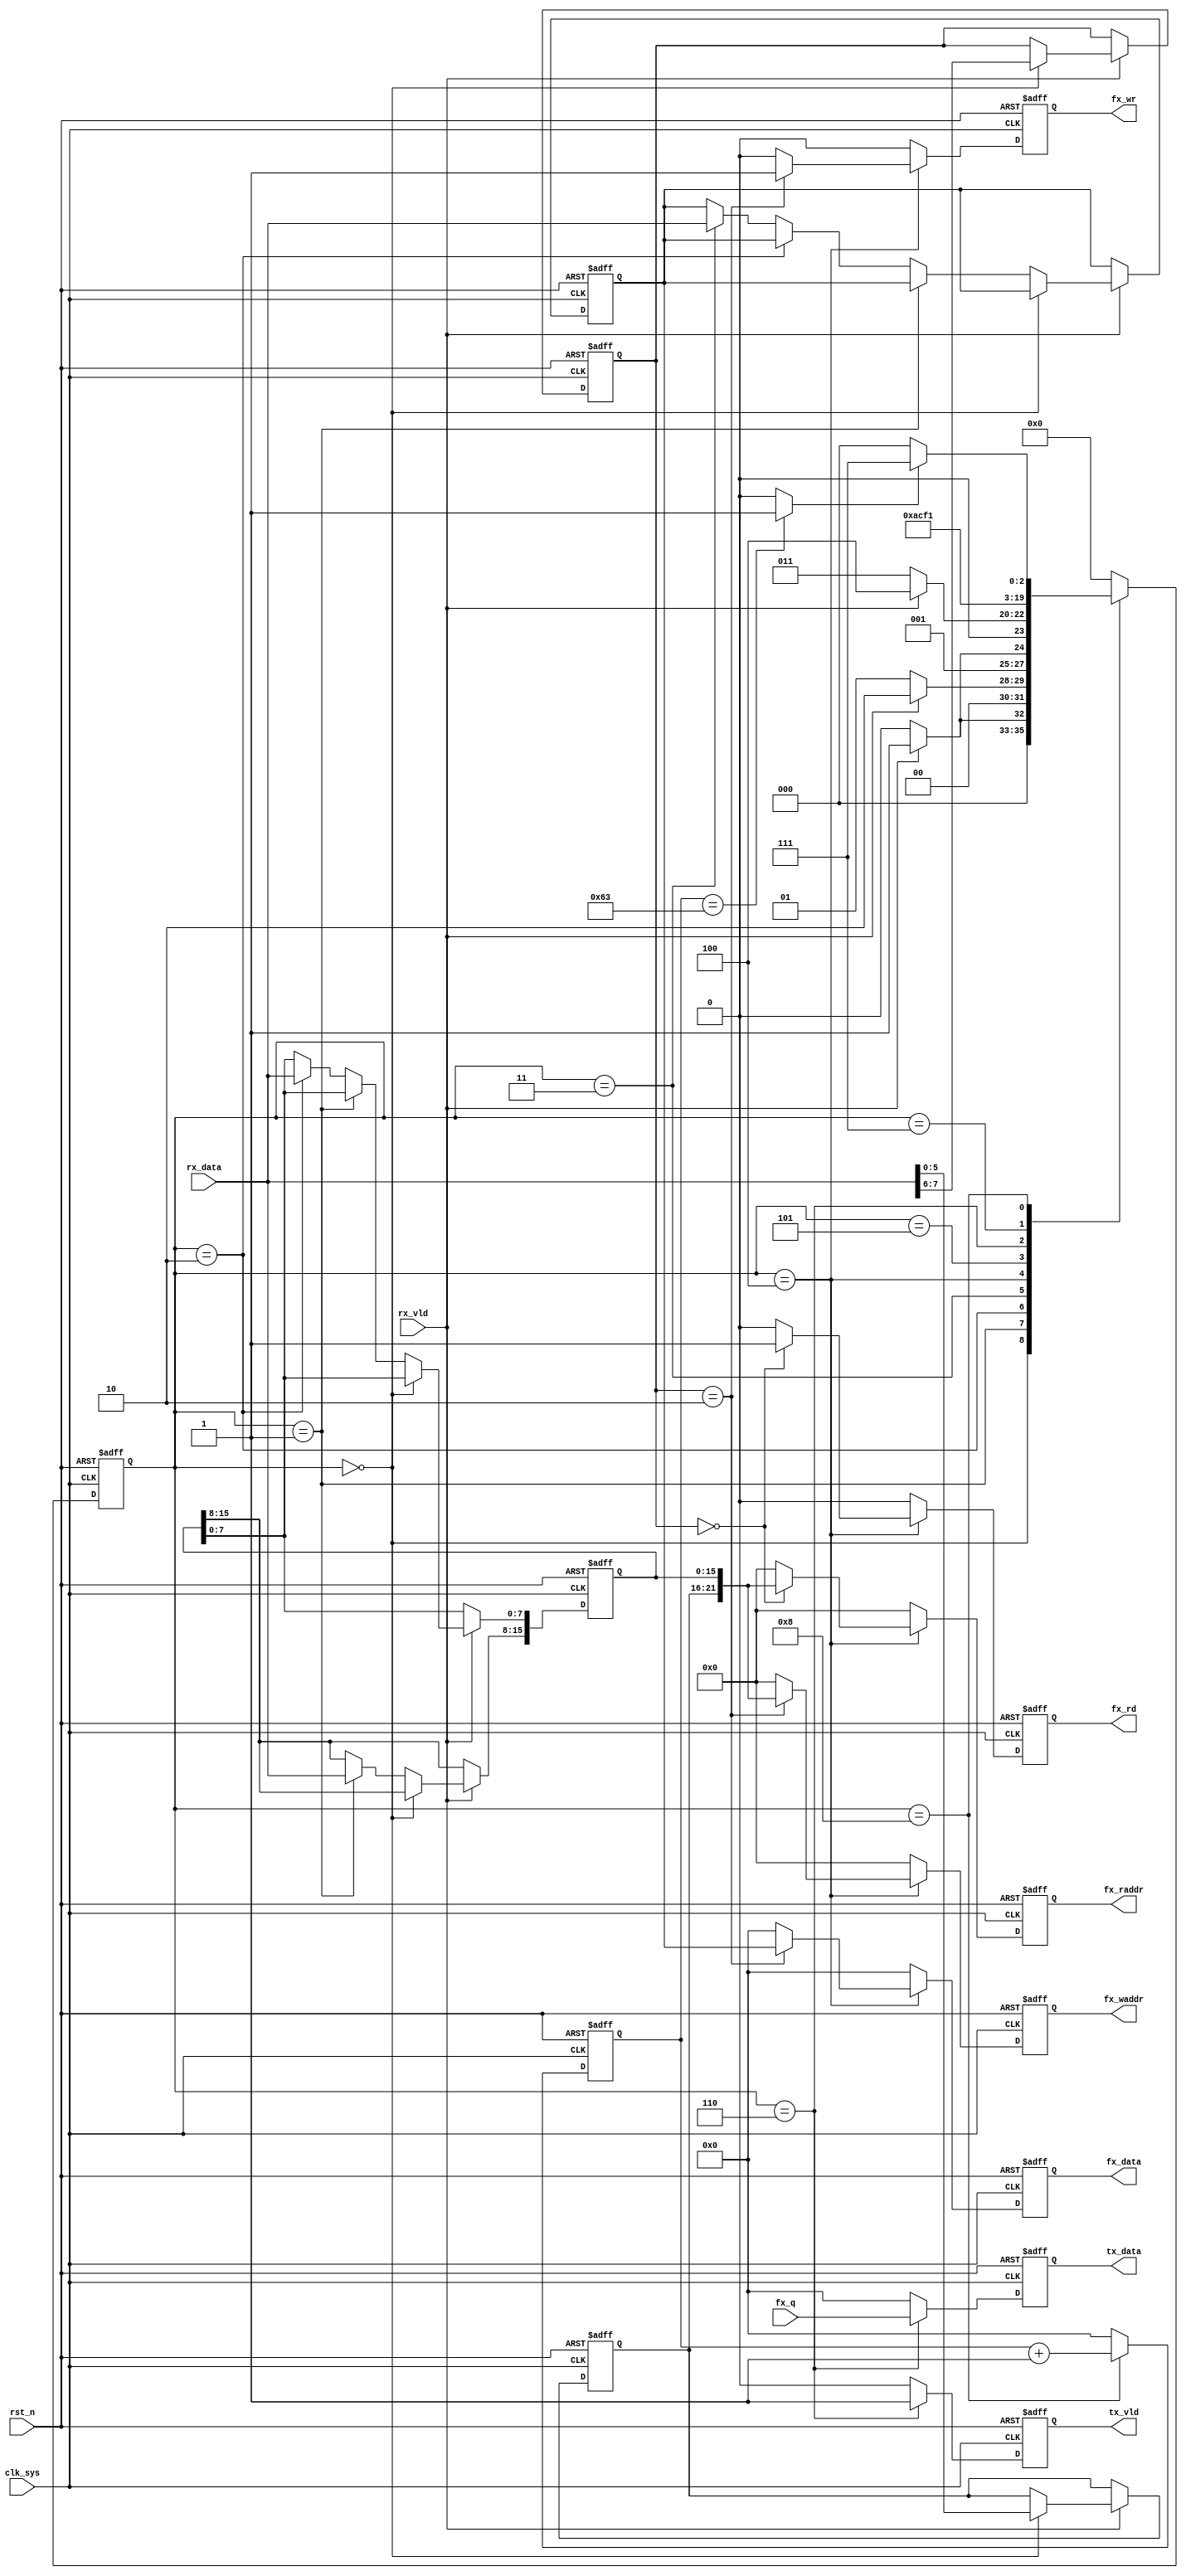
//fx_master.v

module fx_master(
//phy data
rx_data,
rx_vld,
tx_data,
tx_vld,
//fx bus
fx_waddr,
fx_wr,
fx_data,
fx_rd,
fx_raddr,
fx_q,
//clk rst
clk_sys,
rst_n
);
//phy data
input [7:0]	rx_data;
input				rx_vld;
output [7:0]	tx_data;
output 				tx_vld;
//fx_bus
output 				fx_wr;
output [7:0]	fx_data;
output [21:0]	fx_waddr;
output [21:0]	fx_raddr;
output 				fx_rd;
input  [7:0]	fx_q;
//clk rst
input clk_sys;
input rst_n;
//--------------------------------------
//--------------------------------------


//--------- master FSM --------
parameter S_IDLE = 4'h0;
parameter S_ADD1 = 4'h1;
parameter S_ADD2 = 4'h2;
parameter S_DATA = 4'h3;
parameter S_GCMD = 4'h4;
parameter S_FCMD = 4'h5;
parameter S_FDAT = 4'h6;
parameter S_RESP = 4'h7;
parameter S_WAIT = 4'h8;
parameter S_DONE = 4'hf;
reg [3:0] st_fx;
wire done_wait;
always @(posedge clk_sys or negedge rst_n)	begin
	if(~rst_n)
		st_fx <= S_IDLE;
	else begin
		case(st_fx)
			S_IDLE : st_fx <= rx_vld ? S_ADD1 : S_IDLE;
			S_ADD1 : st_fx <= rx_vld ? S_ADD2 : S_ADD1;
			S_ADD2 : st_fx <= rx_vld ? S_DATA : S_ADD2;
			S_DATA : st_fx <= rx_vld ? S_GCMD : S_DATA;
			S_GCMD : st_fx <= S_FCMD;
			S_FCMD : st_fx <= S_FDAT;
			S_FDAT : st_fx <= S_RESP;
			S_RESP : st_fx <= S_WAIT;
			S_WAIT : st_fx <= done_wait ? S_DONE : S_WAIT;
			S_DONE : st_fx <= S_IDLE;
			default : st_fx <= S_IDLE;
		endcase
	end
end

reg [7:0] cnt_wait;
always @ (posedge clk_sys or negedge rst_n)	begin
	if(~rst_n)
		cnt_wait <= 8'h0;
	else if(st_fx == S_WAIT)
		cnt_wait <= cnt_wait + 8'h1;
	else 
		cnt_wait <= 8'h0;
end
assign done_wait = (cnt_wait == 8'd99) ? 1'b1 : 1'b0;


//------------ gen fx command ---------
reg [1:0] 	op_act;
reg [5:0] 	op_dev;
reg [15:0] 	op_addr;
reg [7:0] 	op_data;
always @ (posedge clk_sys or negedge rst_n)	begin
	if(~rst_n)	begin
		op_act <= 2'b0;
		op_dev <= 6'h0;
		op_addr <= 16'h0;
		op_data <= 8'h0;
	end
	else if(rx_vld) begin
		if(st_fx == S_IDLE)	begin
			op_act <= rx_data[7:6];
			op_dev <= rx_data[5:0];
		end
		else if(st_fx == S_ADD1)
			op_addr[15:8] <= rx_data;
		else if(st_fx == S_ADD2)
			op_addr[7:0] <= rx_data;
		else if(st_fx == S_DATA)
			op_data <= rx_data;
		else ;
	end
	else ;
end

reg 				fx_wr;
reg [7:0]		fx_data;
reg [21:0]	fx_waddr;
reg [21:0]	fx_raddr;
reg 				fx_rd;
always @ (posedge clk_sys or negedge rst_n)	begin
	if(~rst_n) begin
		fx_wr <= 1'b0;
		fx_data <= 8'h0;
		fx_waddr <= 22'h0;
		fx_raddr <= 22'h0;
		fx_rd <= 1'b0;
	end
	else if(st_fx == S_GCMD)	begin
		fx_wr <= (op_act == 2'b10) ? 1'b1 : 1'b0;
		fx_data <= (op_act == 2'b10) ? op_data : 8'h0;
		fx_waddr <= (op_act == 2'b10) ? {op_dev, op_addr} : 22'h0;
		fx_raddr <= (op_act == 2'b00) ? {op_dev, op_addr} : 22'h0;
		fx_rd <= (op_act == 2'b00) ? 1'b1 : 1'b0;
	end
	else begin
		fx_wr <= 1'b0;
		fx_data <= 8'h0;
		fx_waddr <= 22'h0;
		fx_raddr <= 22'h0;
		fx_rd <= 1'b0;
	end
end


//---------- gen tx_data and tx_vld -----------
reg [7:0]	tx_data;
reg 			tx_vld;
always @ (posedge clk_sys or negedge rst_n)	begin
	if(~rst_n)	begin
		tx_data <= 8'h0;
		tx_vld <= 1'b0;
	end
	else if(st_fx == S_FDAT)	begin
		tx_data <= fx_q;
		tx_vld <= 1'b1;
	end
	else begin
		tx_data <= 8'h0;
		tx_vld <= 1'b0;
	end
end

		

endmodule